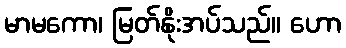
မာမကော၊ မြတ်နိုးအပ်သည်။ ဟော